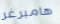
هامبرغر